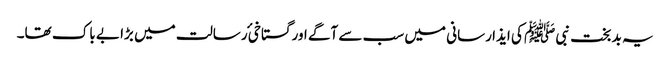
یہ بد بخت نبی ﷺ کی ایذا رسانی میں سب سے آگے اور گستاخیٔ رسالت میں بڑا بے باک تھا۔